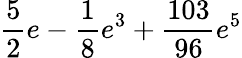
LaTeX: \frac{5}{2}e-\frac{1}{8}e^{3}+\frac{103}{96}e^{5}